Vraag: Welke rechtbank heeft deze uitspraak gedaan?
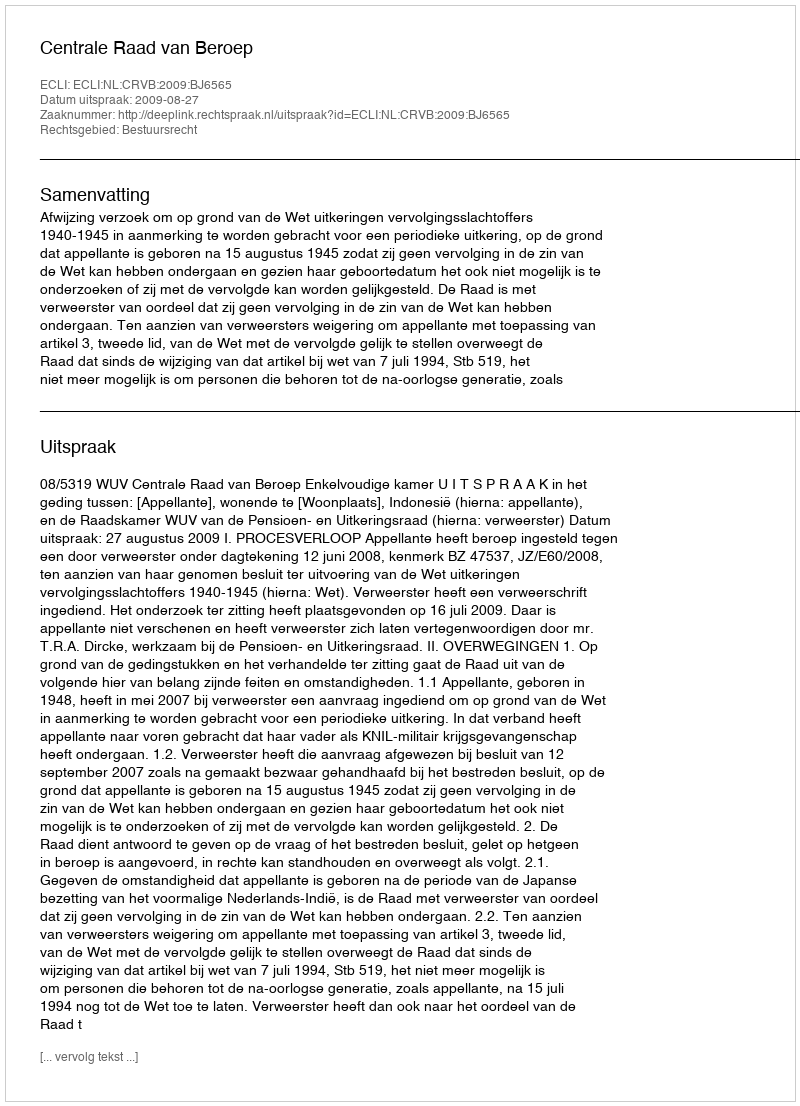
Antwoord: Centrale Raad van Beroep